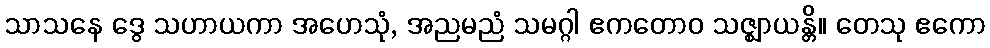
သာသနေ ဒွေ သဟာယကာ အဟေသုံ, အညမညံ သမဂ္ဂါ ဧကတောဝ သဇ္ဈာယန္တိ။ တေသု ဧကော